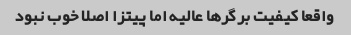
واقعا کیفیت برگرها عالیه اما پیتزا اصلا خوب نبود